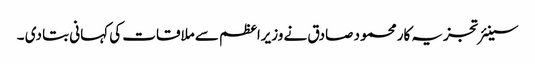
سینئر تجزیہ کار محمود صادق نے وزیراعظم سے ملاقات کی کہانی بتا دی ۔